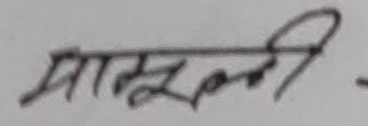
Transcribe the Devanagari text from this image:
भाद्रवली